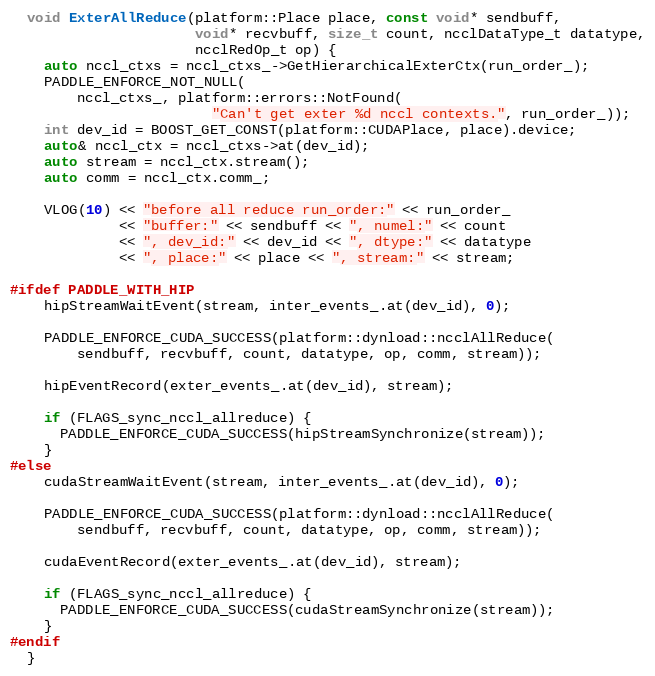
Language: C
  void ExterAllReduce(platform::Place place, const void* sendbuff,
                      void* recvbuff, size_t count, ncclDataType_t datatype,
                      ncclRedOp_t op) {
    auto nccl_ctxs = nccl_ctxs_->GetHierarchicalExterCtx(run_order_);
    PADDLE_ENFORCE_NOT_NULL(
        nccl_ctxs_, platform::errors::NotFound(
                        "Can't get exter %d nccl contexts.", run_order_));
    int dev_id = BOOST_GET_CONST(platform::CUDAPlace, place).device;
    auto& nccl_ctx = nccl_ctxs->at(dev_id);
    auto stream = nccl_ctx.stream();
    auto comm = nccl_ctx.comm_;

    VLOG(10) << "before all reduce run_order:" << run_order_
             << "buffer:" << sendbuff << ", numel:" << count
             << ", dev_id:" << dev_id << ", dtype:" << datatype
             << ", place:" << place << ", stream:" << stream;

#ifdef PADDLE_WITH_HIP
    hipStreamWaitEvent(stream, inter_events_.at(dev_id), 0);

    PADDLE_ENFORCE_CUDA_SUCCESS(platform::dynload::ncclAllReduce(
        sendbuff, recvbuff, count, datatype, op, comm, stream));

    hipEventRecord(exter_events_.at(dev_id), stream);

    if (FLAGS_sync_nccl_allreduce) {
      PADDLE_ENFORCE_CUDA_SUCCESS(hipStreamSynchronize(stream));
    }
#else
    cudaStreamWaitEvent(stream, inter_events_.at(dev_id), 0);

    PADDLE_ENFORCE_CUDA_SUCCESS(platform::dynload::ncclAllReduce(
        sendbuff, recvbuff, count, datatype, op, comm, stream));

    cudaEventRecord(exter_events_.at(dev_id), stream);

    if (FLAGS_sync_nccl_allreduce) {
      PADDLE_ENFORCE_CUDA_SUCCESS(cudaStreamSynchronize(stream));
    }
#endif
  }